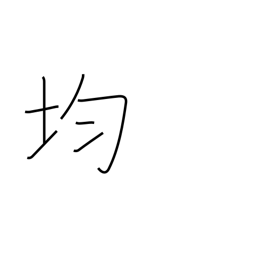
Meaning: level